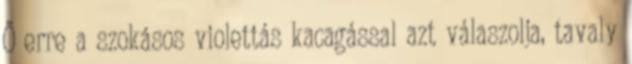
Ő erre a szokásos violettás kacagással azt válaszolja, tavaly